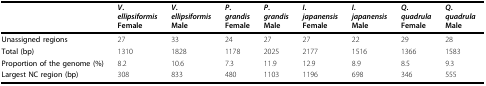
<table><thead><tr><td></td><td><b><i>V</i>.<i>ellipsiformis</i>Female</b></td><td><b><i>V</i>.<i>ellipsiformis</i>Male</b></td><td><b><i>P</i>.<i>grandis</i>Female</b></td><td><b><i>P</i>.<i>grandis</i>Male</b></td><td><b><i>I</i>.<i>japanensis</i>Female</b></td><td><b><i>I</i>.<i>japanensis</i>Male</b></td><td><b><i>Q</i>.<i>quadrula</i>Female</b></td><td><b><i>Q</i>.<i>quadrula</i>Male</b></td></tr></thead><tbody><tr><td><b>Unassigned regions</b></td><td>27</td><td>33</td><td>24</td><td>27</td><td>27</td><td>22</td><td>29</td><td>28</td></tr><tr><td><b>Total (bp)</b></td><td>1310</td><td>1828</td><td>1178</td><td>2025</td><td>2177</td><td>1516</td><td>1366</td><td>1583</td></tr><tr><td><b>Proportion of the genome (%)</b></td><td>8.2</td><td>10.6</td><td>7.3</td><td>11.9</td><td>12.9</td><td>8.9</td><td>8.5</td><td>9.3</td></tr><tr><td><b>Largest NC region (bp)</b></td><td>308</td><td>833</td><td>480</td><td>1103</td><td>1196</td><td>698</td><td>346</td><td>555</td></tr></tbody></table>